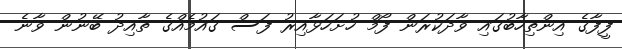
ފީފާގެ އިންތިހާބުގައި ވާދަކުރަން ފޯމް ހުށަހަޅާއިރު ފަސް ގައުމެއްގެ ތާއިދު ބޭނުން ވާނެ